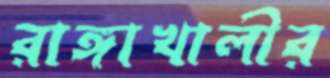
রাঙ্গাখালীর